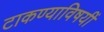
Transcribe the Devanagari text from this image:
टाकण्याविषयीं